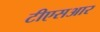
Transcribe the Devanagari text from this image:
टीएसआर